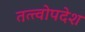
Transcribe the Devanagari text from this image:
तत्त्वोपदेश